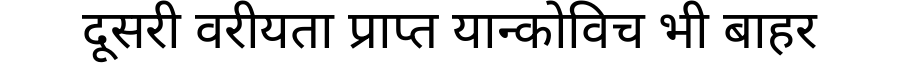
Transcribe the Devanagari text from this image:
दूसरी वरीयता प्राप्त यान्कोविच भी बाहर